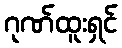
ဂုဏ်ထူးရှင်